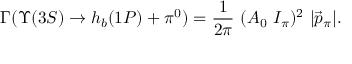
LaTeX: \Gamma ( \Upsilon ( 3 S ) \rightarrow h _ { b } ( 1 P ) + \pi ^ { 0 } ) = { \frac { 1 } { 2 \pi } } ~ ( A _ { 0 } \ I _ { \pi } ) ^ { 2 } { } ~ | \vec { p } _ { \pi } | .